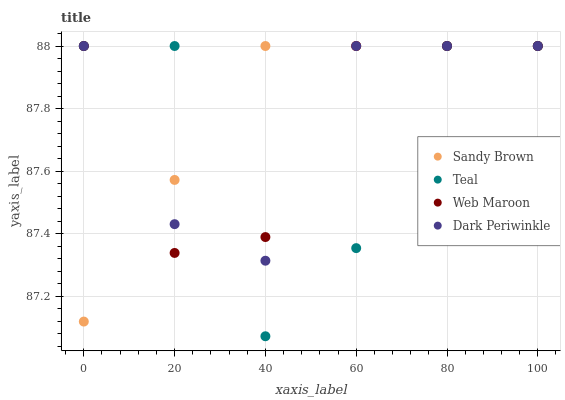
| xaxis_label | Sandy Brown | Teal | Web Maroon | Dark Periwinkle |
 | --- | --- | --- | --- | --- |
 | 0 | 87.1 | 88 | 88 | 88 |
 | 20 | 87.6 | 88 | 87.3 | 87.4 |
 | 40 | 88 | 87.1 | 87.4 | 87.3 |
 | 60 | 88 | 87.4 | 88 | 88 |
 | 80 | 88 | 88 | 88 | 88 |
 | 100 | 88 | 88 | 88 | 88 |